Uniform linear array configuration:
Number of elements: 64
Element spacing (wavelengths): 0.75
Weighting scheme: binomial
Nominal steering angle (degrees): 15
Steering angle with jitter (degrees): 15.454
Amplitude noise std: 0.05
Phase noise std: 0.05

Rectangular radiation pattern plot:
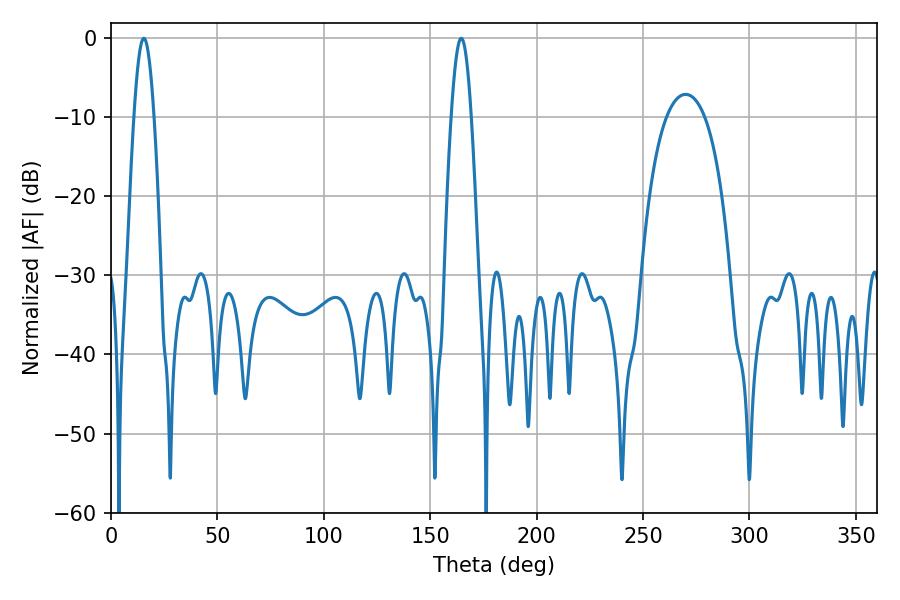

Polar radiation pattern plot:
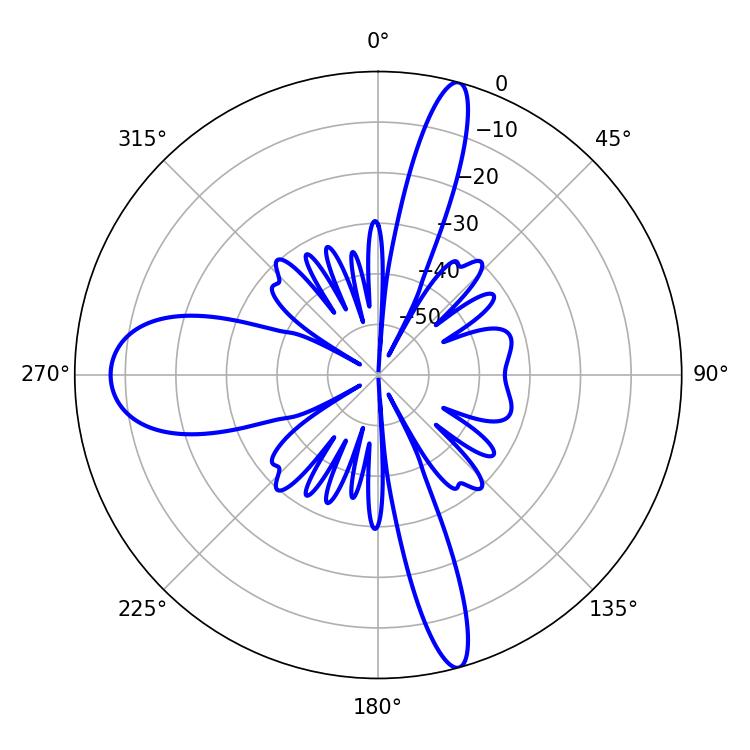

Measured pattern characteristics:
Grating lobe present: TRUE
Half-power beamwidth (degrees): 5.04
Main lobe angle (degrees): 15.48